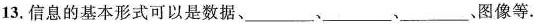
13.信息的基本形式可以是数据、___、___、___、图像等.